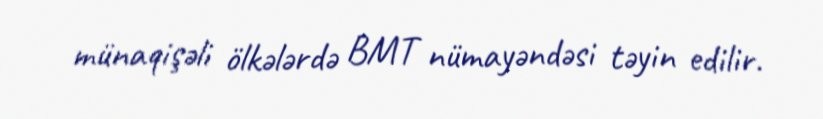
münaqişəli ölkələrdə BMT nümayəndəsi təyin edilir.